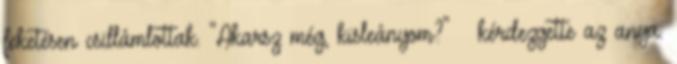
feketésen csillámlottak. "Akarsz még, kisleányom?" – kérdezgette az anya.